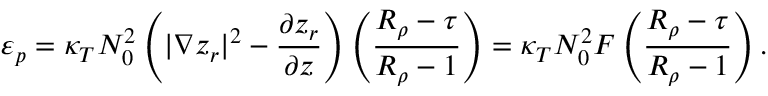
\varepsilon _ { p } = \kappa _ { T } N _ { 0 } ^ { 2 } \left( | \nabla z _ { r } | ^ { 2 } - \frac { \partial z _ { r } } { \partial z } \right) \left( \frac { R _ { \rho } - \tau } { R _ { \rho } - 1 } \right) = \kappa _ { T } N _ { 0 } ^ { 2 } { \cal F } \left( \frac { R _ { \rho } - \tau } { R _ { \rho } - 1 } \right) .